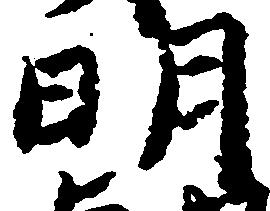
明